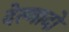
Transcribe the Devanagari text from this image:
देल्गादो